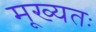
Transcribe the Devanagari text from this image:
मूख्यतः